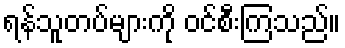
ရန်သူတပ်များကို ဝင်စီးကြသည်။